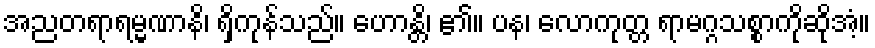
အညတရာရမ္မဏာနိ၊ ရှိကုန်သည်။ ဟောန္တိ၊ ၏။ ပန၊ လောကုတ္တ ရာမဂ္ဂသစ္စာကိုဆိုအံ့။